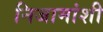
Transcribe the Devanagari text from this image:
निजामांशी